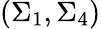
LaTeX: (\Sigma_{1},\Sigma_{4})